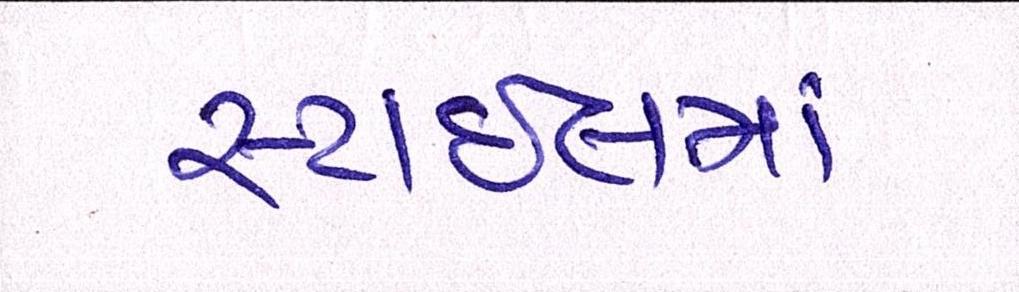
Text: સ્ટાઈલમાં